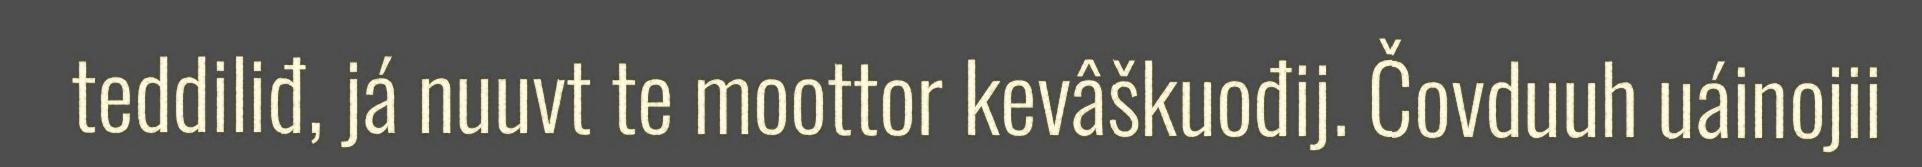
teddiliđ, já nuuvt te moottor kevâškuođij. Čovduuh uáinojii